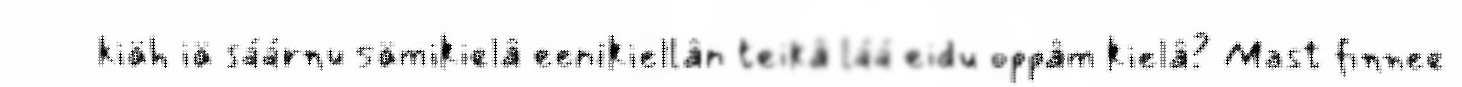
kiäh iä sáárnu sämikielâ eenikiellân teikâ láá eidu oppâm kielâ? Mast finnee